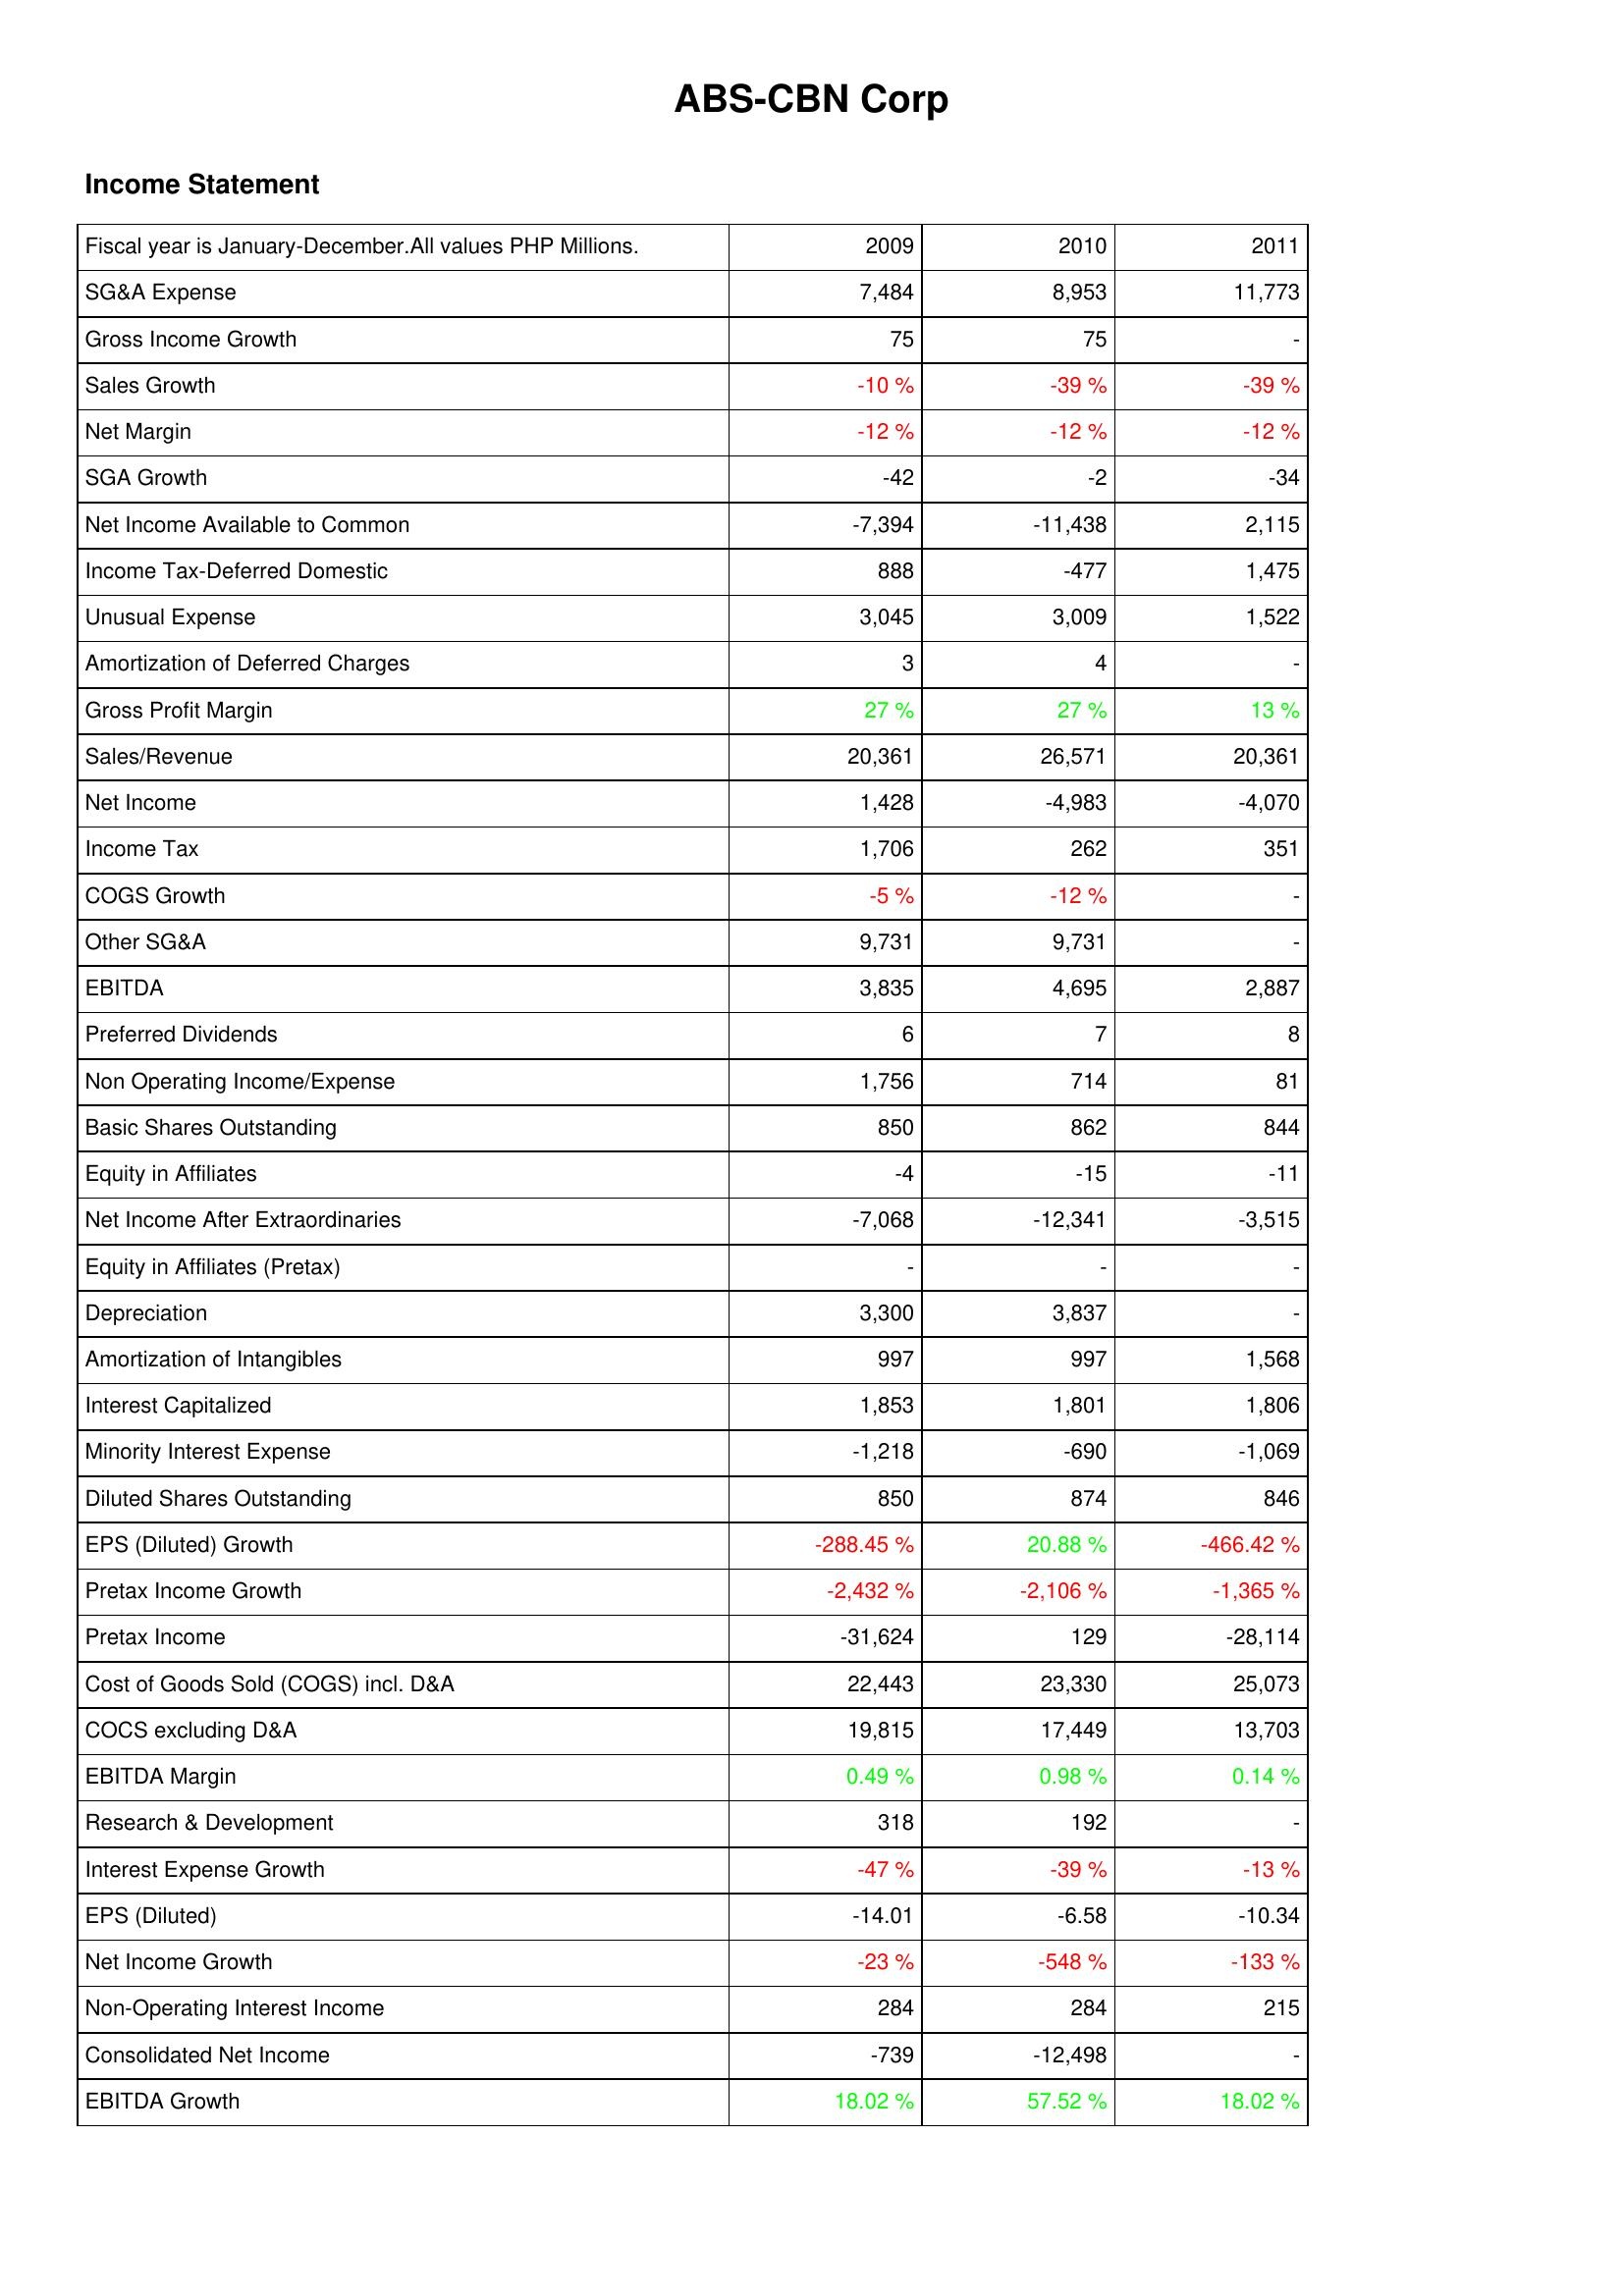
2009: Income Statement: SG&A Expense: 7,484
Gross Income Growth: 75
Sales Growth: -10 %
Net Margin: -12 %
SGA Growth: -42
Net Income Available to Common: -7,394
Income Tax-Deferred Domestic: 888
Unusual Expense: 3,045
Amortization of Deferred Charges: 3
Gross Profit Margin: 27 %
Sales/Revenue: 20,361
Net Income: 1,428
Income Tax: 1,706
COGS Growth: -5 %
Other SG&A: 9,731
EBITDA: 3,835
Preferred Dividends: 6
Non Operating Income/Expense: 1,756
Basic Shares Outstanding: 850
Equity in Affiliates: -4
Net Income After Extraordinaries: -7,068
Equity in Affiliates (Pretax): -
Depreciation: 3,300
Amortization of Intangibles: 997
Interest Capitalized: 1,853
Minority Interest Expense: -1,218
Diluted Shares Outstanding: 850
EPS (Diluted) Growth: -288.45 %
Pretax Income Growth: -2,432 %
Pretax Income: -31,624
Cost of Goods Sold (COGS) incl. D&A: 22,443
COCS excluding D&A: 19,815
EBITDA Margin: 0.49 %
Research & Development: 318
Interest Expense Growth: -47 %
EPS (Diluted): -14.01
Net Income Growth: -23 %
Non-Operating Interest Income: 284
Consolidated Net Income: -739
EBITDA Growth: 18.02 %
2010: Income Statement: SG&A Expense: 8,953
Gross Income Growth: 75
Sales Growth: -39 %
Net Margin: -12 %
SGA Growth: -2
Net Income Available to Common: -11,438
Income Tax-Deferred Domestic: -477
Unusual Expense: 3,009
Amortization of Deferred Charges: 4
Gross Profit Margin: 27 %
Sales/Revenue: 26,571
Net Income: -4,983
Income Tax: 262
COGS Growth: -12 %
Other SG&A: 9,731
EBITDA: 4,695
Preferred Dividends: 7
Non Operating Income/Expense: 714
Basic Shares Outstanding: 862
Equity in Affiliates: -15
Net Income After Extraordinaries: -12,341
Equity in Affiliates (Pretax): -
Depreciation: 3,837
Amortization of Intangibles: 997
Interest Capitalized: 1,801
Minority Interest Expense: -690
Diluted Shares Outstanding: 874
EPS (Diluted) Growth: 20.88 %
Pretax Income Growth: -2,106 %
Pretax Income: 129
Cost of Goods Sold (COGS) incl. D&A: 23,330
COCS excluding D&A: 17,449
EBITDA Margin: 0.98 %
Research & Development: 192
Interest Expense Growth: -39 %
EPS (Diluted): -6.58
Net Income Growth: -548 %
Non-Operating Interest Income: 284
Consolidated Net Income: -12,498
EBITDA Growth: 57.52 %
2011: Income Statement: SG&A Expense: 11,773
Gross Income Growth: -
Sales Growth: -39 %
Net Margin: -12 %
SGA Growth: -34
Net Income Available to Common: 2,115
Income Tax-Deferred Domestic: 1,475
Unusual Expense: 1,522
Amortization of Deferred Charges: -
Gross Profit Margin: 13 %
Sales/Revenue: 20,361
Net Income: -4,070
Income Tax: 351
COGS Growth: -
Other SG&A: -
EBITDA: 2,887
Preferred Dividends: 8
Non Operating Income/Expense: 81
Basic Shares Outstanding: 844
Equity in Affiliates: -11
Net Income After Extraordinaries: -3,515
Equity in Affiliates (Pretax): -
Depreciation: -
Amortization of Intangibles: 1,568
Interest Capitalized: 1,806
Minority Interest Expense: -1,069
Diluted Shares Outstanding: 846
EPS (Diluted) Growth: -466.42 %
Pretax Income Growth: -1,365 %
Pretax Income: -28,114
Cost of Goods Sold (COGS) incl. D&A: 25,073
COCS excluding D&A: 13,703
EBITDA Margin: 0.14 %
Research & Development: -
Interest Expense Growth: -13 %
EPS (Diluted): -10.34
Net Income Growth: -133 %
Non-Operating Interest Income: 215
Consolidated Net Income: -
EBITDA Growth: 18.02 %